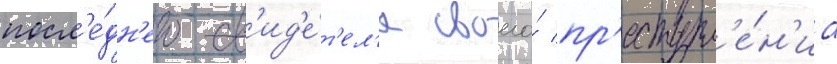
посл'е́дн'его св'ид'е́т'ел'я своего́ пр'еступл'е́н'иа